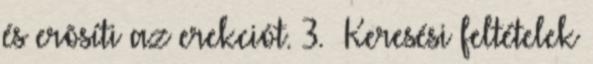
és erõsíti az erekciót. 3. Keresési feltételek